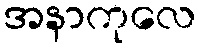
အနာကုလေ